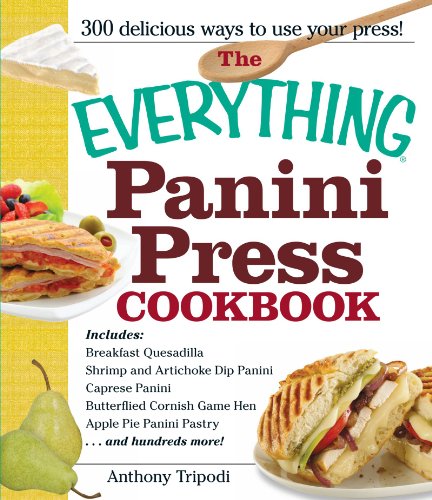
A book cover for The Everything Panini Press Cookbook (Everything Series); Anthony Tripodi; Cookbooks, Food & Wine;